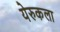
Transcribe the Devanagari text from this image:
येरुकला